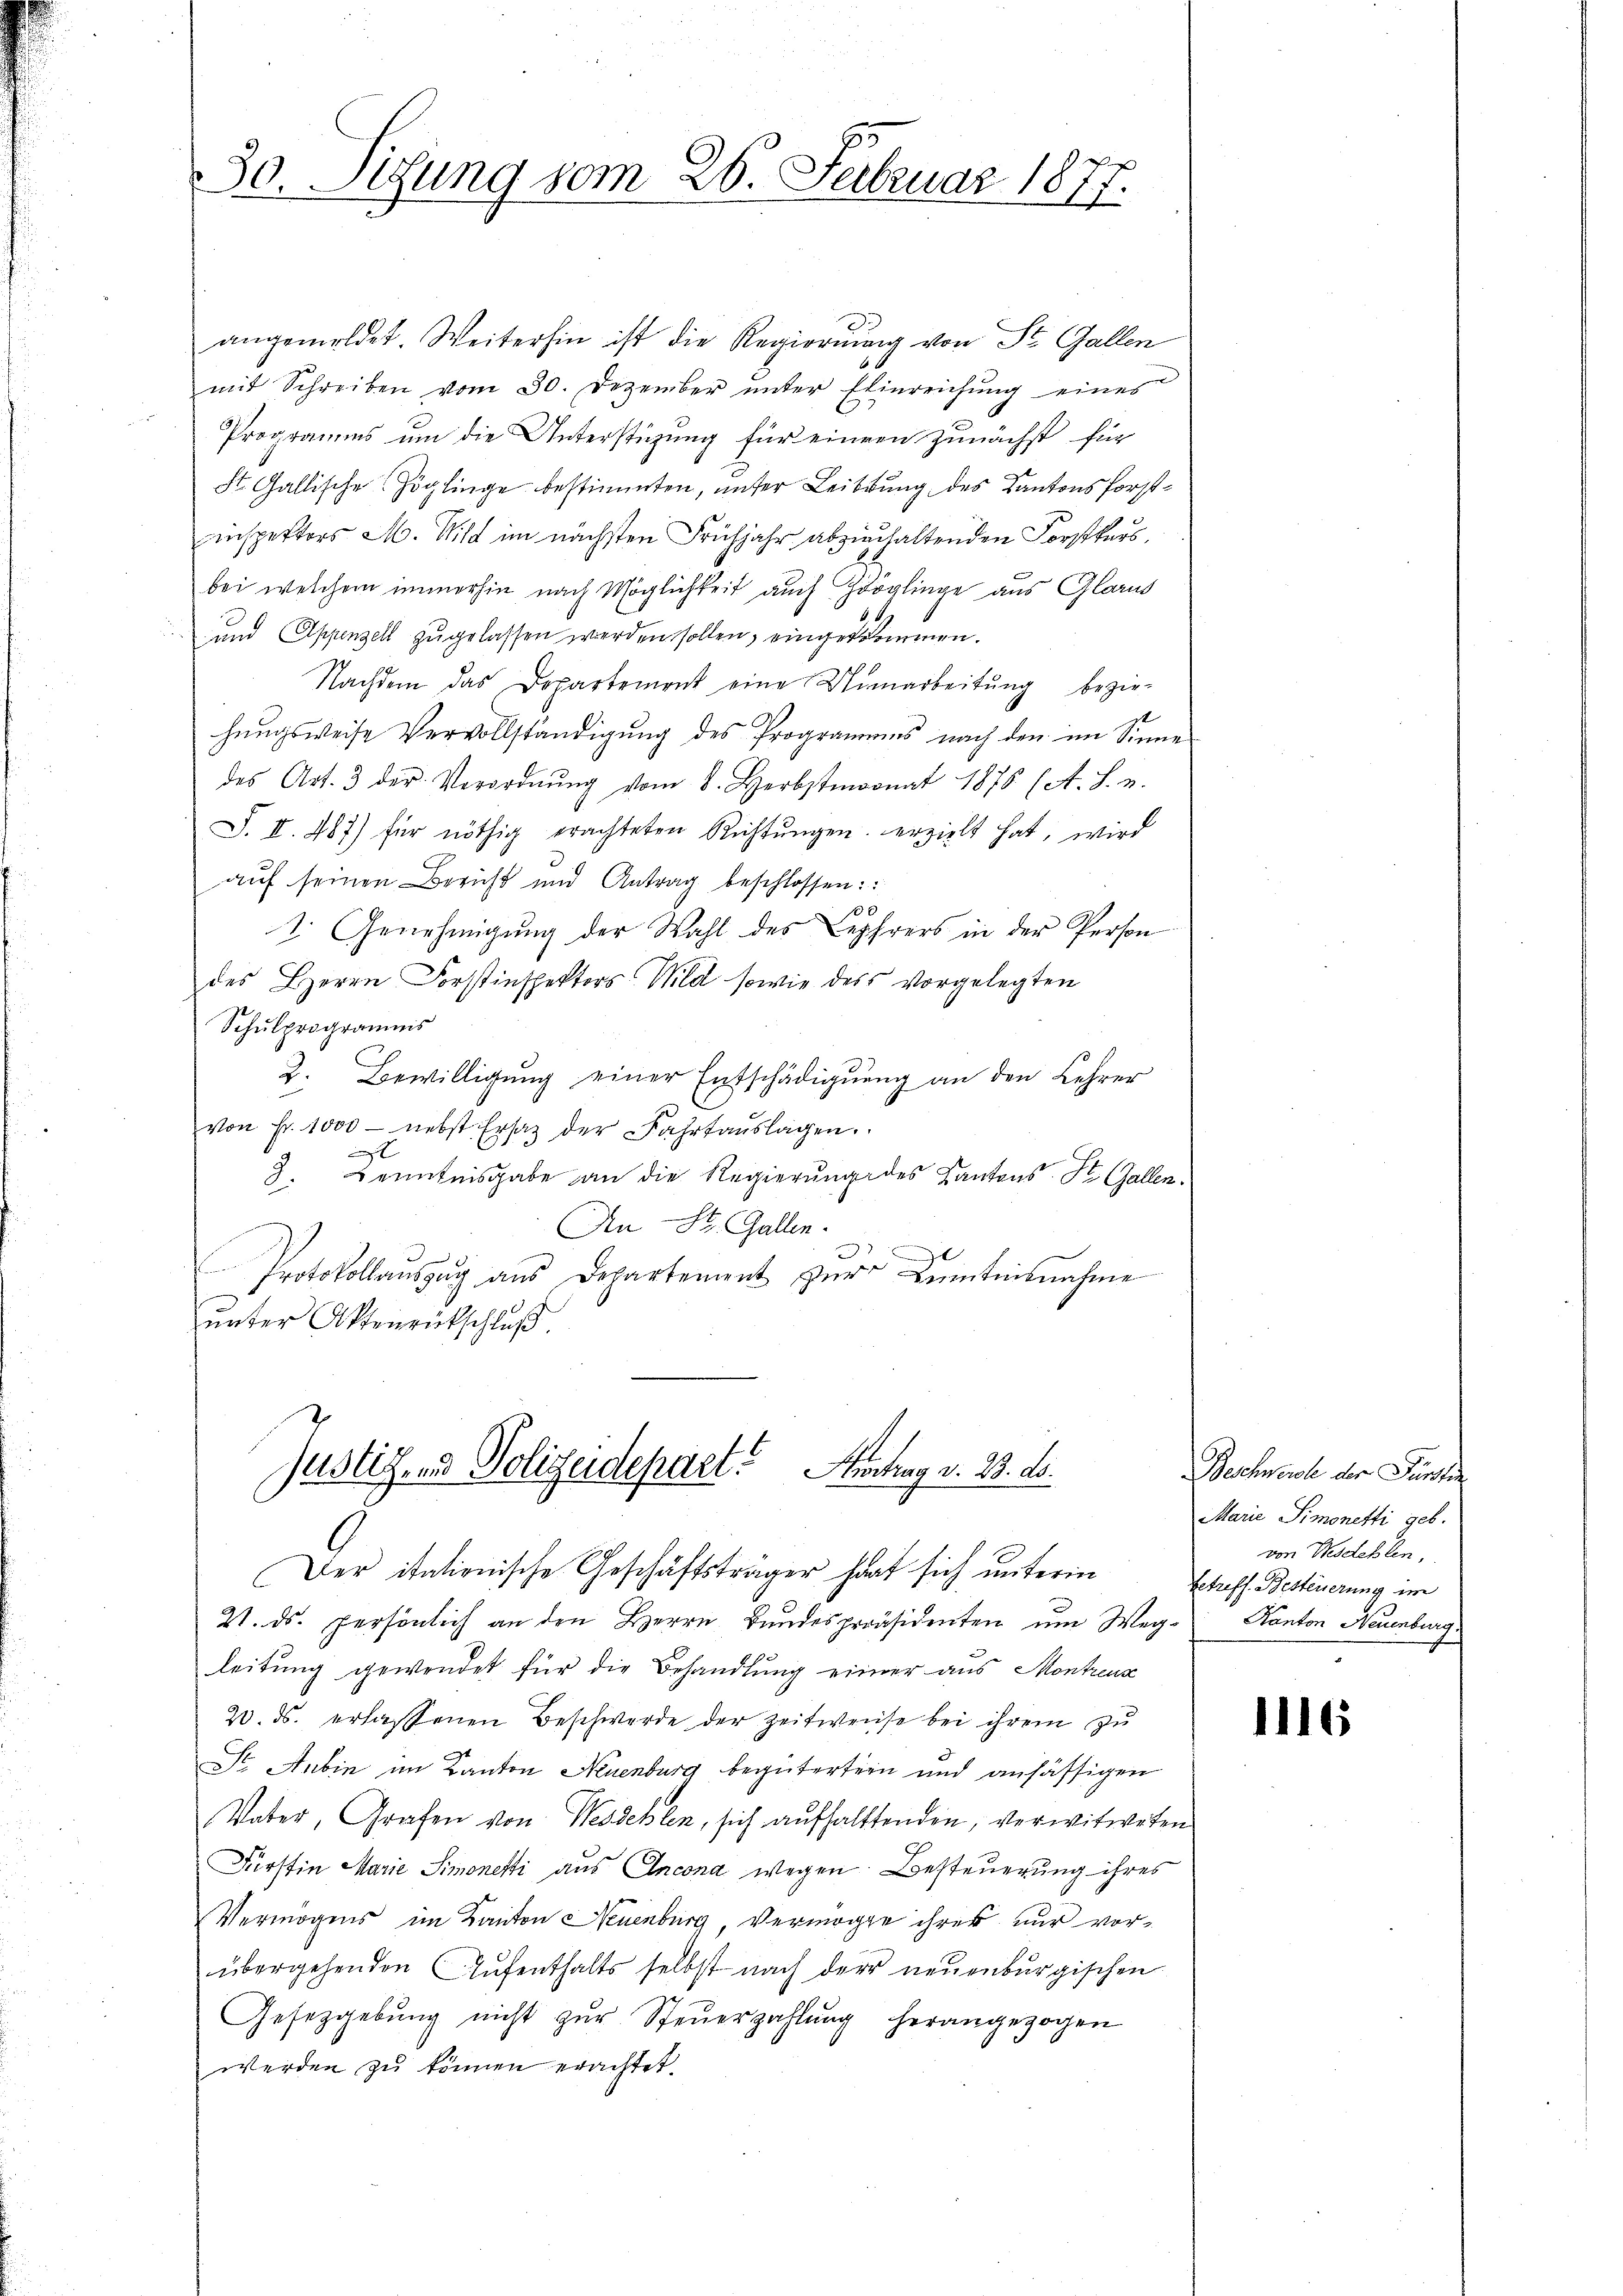
30. Sitzung vom 26. Februar 1877.

angemeldet. Weiterhin ist die Regierung von St. Gallen
mit Schreiben vom 30. Dezember unter Einreichung eines
Programms um die Unterstüzung für einem zunächst für
St. Gallische Zöglinge bestimmten, unter Leibdung des Kantonsforstinspektors M. Wild im nächsten Frühjahr abzuhaltenden Forstkurs,
bei welchem immerhin nach Möglichkeit auch Zöglinge aus Glarus
und Appenzell zugelassen werden sollen, eingekommen.
Nachdem das Departement eine Unnarbeitŭng bezie-
hungsweise Vervollständigung des Programens nach den im Sinne
des Art. 3 der Verordnŭng vom 8. Herbstmonat 1878 (A. S. u.
S. II. 487) für nöthig erachteten Richtŭngen erzielt hat, wird
auf seinen Breicht und Antrag beschlossen:
¬
1. Genehmigŭng der Wahl des Lehrers in der Person
des Herrn Forstinspektors Wild sowie des vorgelegten
Schulprogramms
2. Bewilligung einer Entschädigung an den Lehrer
von Fr. 1000 - nebst Ersatz der Fahrtaŭslagen.
x
3. Kenntnisgabe an die Regierŭng des Kantons St. Gallen.
An St. Gallen.
e
Protokollauszug aus Departement zur Kenntnisnahme
ŭnter Aktenrückschluß

21. ds. persönlich an den Herrn Bundespräsidenten um Weg- Kanton Neuenburg.
leitung gewendet für die Behandlung einer aus Montreus
20. ds. erlassenen Beschwerde der Zeitweise bei ihrem zu
Str. Anbin im Kanton Neuenburg begütertern und ansässigen
Vater, Grafen von Werdehlen, sich aufhalttenden, verwitweten
Fürstin Marie Simonetti aus Ancona wegen Besteuerung ihres
Vermögens im Kanton Neuenburg, Vermöge ihres nur vorübergehenden Aufenthalts selbst nach der neuenburgischen
Gesetzgebŭng nicht zŭr Steŭerzahlŭng herangezogen
werden zu können erachtet.

Justiz- und Polizeidepart. Austrag v. 23. ds.
Der itationische Geschäftsträger hat sich unterm Betreff. Besteuerung im

Bechneich der Finsten
Marie Simonetti geb.
von Westellen,

116